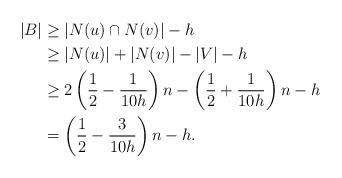
LaTeX: \begin{align*}|B| &\geq |N(u)\cap N(v)|-h\\&\geq |N(u)|+| N(v)|-|V|-h\\&\geq 2\left(\frac{1}{2}-\frac{1}{10h}\right)n -\left(\frac{1}{2}+\frac{1}{10h}\right)n -h\\&= \left(\frac{1}{2}-\frac{3}{10h}\right)n -h.\end{align*}